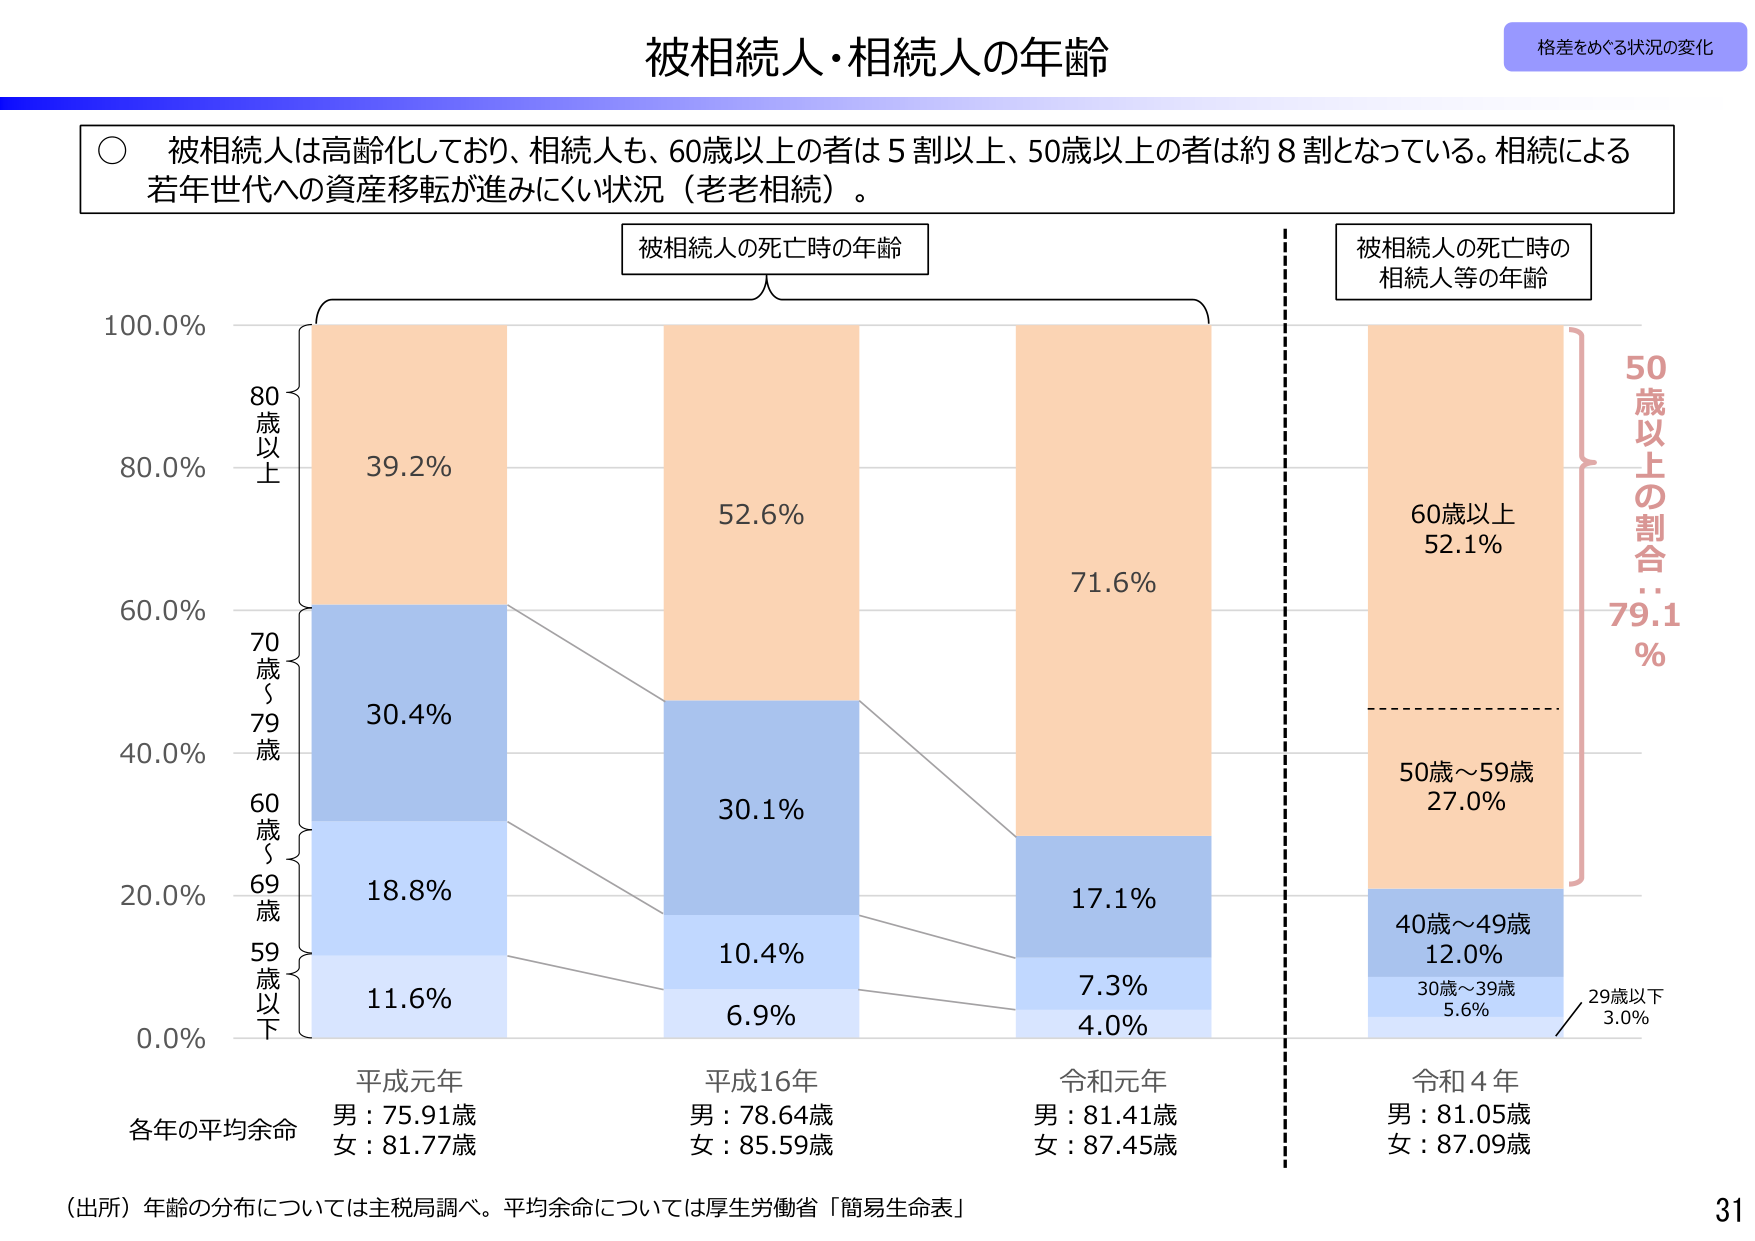
被相続人・相続人の年齢
格差をめぐる状況の変化

○ 被相続人は高齢化しており、相続人も、60歳以上の者は5割以上、50歳以上の者は約8割となっている。相続による若年世代への資産移転が進みにくい状況（老老相続）。

被相続人の死亡時の年齢
被相続人の死亡時の相続人等の年齢

100.0%
80.0%
60.0%
40.0%
20.0%
0.0%

80歳以上
70歳～79歳
60歳～69歳
59歳以下

39.2%
30.4%
18.8%
11.6%

52.6%
30.1%
10.4%
6.9%

71.6%
17.1%
7.3%
4.0%

60歳以上
52.1%

50歳～59歳
27.0%

40歳～49歳
12.0%

30歳～39歳
5.6%

29歳以下
3.0%

50歳以上の割合：79.1%

平成元年
男：75.91歳
女：81.77歳

平成16年
男：78.64歳
女：85.59歳

令和元年
男：81.41歳
女：87.45歳

令和4年
男：81.05歳
女：87.09歳

各年の平均余命

（出所）年齢の分布については主税局調べ。平均余命については厚生労働省「簡易生命表」

31